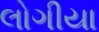
લોગીયા